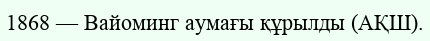
1868 — Вайоминг аумағы құрылды (АҚШ).